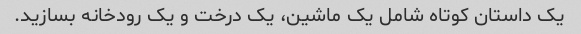
یک داستان کوتاه شامل یک ماشین، یک درخت و یک رودخانه بسازید.